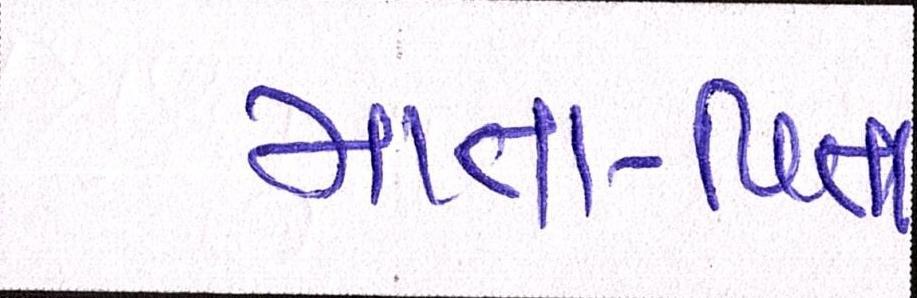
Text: માતા-પિતા